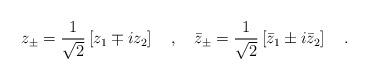
LaTeX: \begin{align*}z_\pm=\frac{1}{\sqrt{2}}\left[z_1\mp iz_2\right]\ \ \ ,\ \ \ \bar{z}_\pm=\frac{1}{\sqrt{2}}\left[\bar{z}_1\pm i\bar{z}_2\right]\ \ \ .\end{align*}